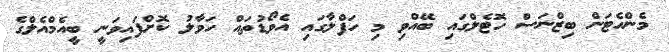
މެންހެޓަން ބިޒްނަސް ހޮޓެލްގައި ބޭއްވި މި ހަފްލާގައި އެވޯޑުތައް ހަވާލު ކޮށްފައިވަނީ ބީއެމްއެލްގެ